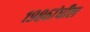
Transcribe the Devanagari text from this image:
१९८६ांधील